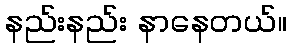
နည်းနည်း နာနေတယ်။